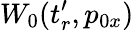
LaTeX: W_{0}(t_{r}^{\prime},p_{0x})